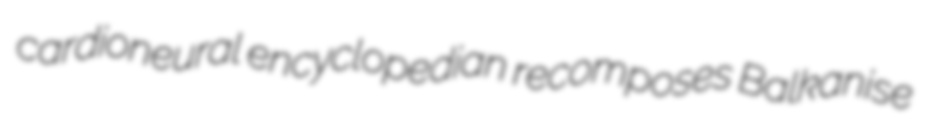
cardioneural encyclopedian recomposes Balkanise